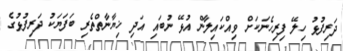
ދަރިފުޅު ހިލޭ ފިރިހެނަކަށް ވިއްކައިލާން އުޅޭ ނުބައި އަދި ޚިޔާނާތްތެރި ބަފަޔަކު ދަރިފުޅުގެ